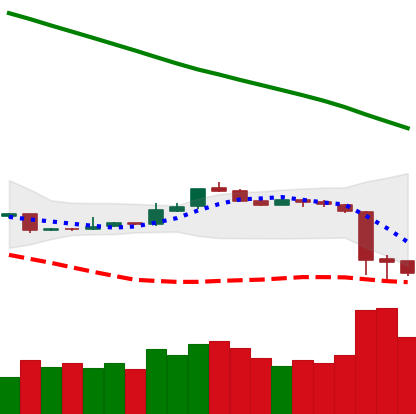
Ticker: ETH-USD
Chart end date: 2018-11-16
Forward return: -21.964%
Label: down_7plus